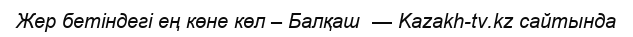
Жер бетіндегі ең көне көл – Балқаш  — Kazakh-tv.kz сайтында